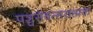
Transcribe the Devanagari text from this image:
पञ्चसंवत्सरात्मक